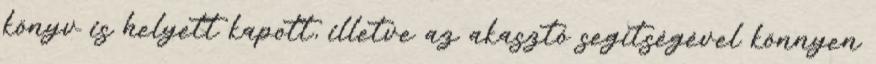
könyv is helyett kapott, illetve az akasztó segítségével könnyen